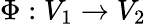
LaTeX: \Phi:V_{1}\to V_{2}